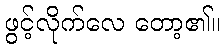
ဖွင့်လိုက်လေ တော့၏။